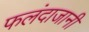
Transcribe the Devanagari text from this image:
फलंदाजानी